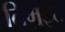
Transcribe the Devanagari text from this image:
तिमुइत